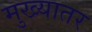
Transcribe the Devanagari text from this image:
मुख्यातर